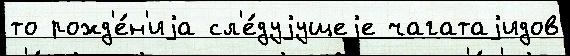
то рожд'е́н'иjа сл'е́дуjущеjе чагатаjидов